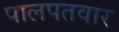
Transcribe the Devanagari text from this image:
पालपतवार